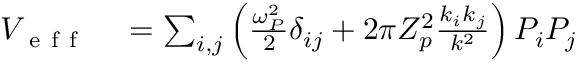
\begin{array} { r l } { V _ { \mathrm { ~ e ~ f ~ f ~ } } } & { { } = \sum _ { i , j } \left( \frac { \omega _ { P } ^ { 2 } } { 2 } \delta _ { i j } + 2 \pi Z _ { p } ^ { 2 } \frac { k _ { i } k _ { j } } { k ^ { 2 } } \right) P _ { i } P _ { j } } \end{array}